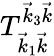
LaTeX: T_{\vec{k}_{1}\vec{k}}^{\vec{k}_{3}\vec{k}}